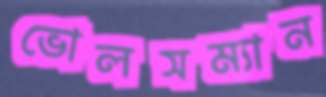
ভোলসম্যান